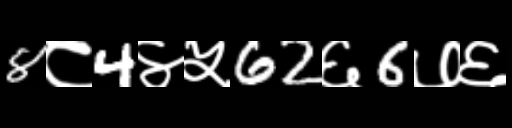
Text: 8८4४५62६6७६